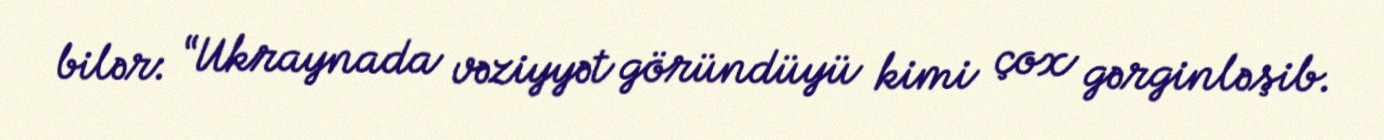
bilər: “Ukraynada vəziyyət göründüyü kimi çox gərginləşib.